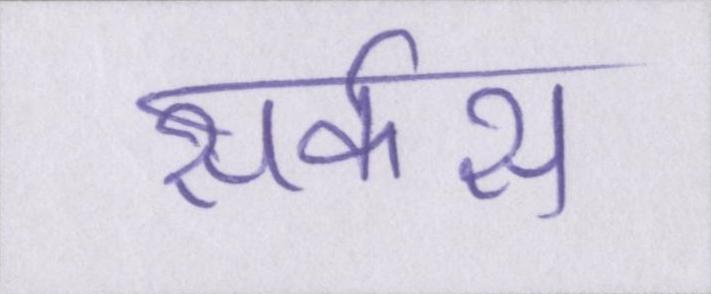
सर्कस